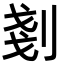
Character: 剗